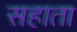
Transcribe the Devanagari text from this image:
सहाता